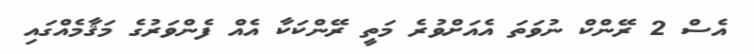
އެސް 2 ރޭންކް ނުވަތަ އެއަށްވުރެ މަތީ ރޭންކަކާ އެއް ފެންވަރުގެ މަޤާމެއްގައި